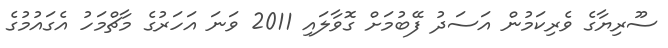
ސޫރިޔާގެ ވެރިކަމުން އަސަދު ފޭބުމަށް ގޮވާލައި 2011 ވަނަ އަހަރުގެ މާޗްމަހު އެގައުމުގެ